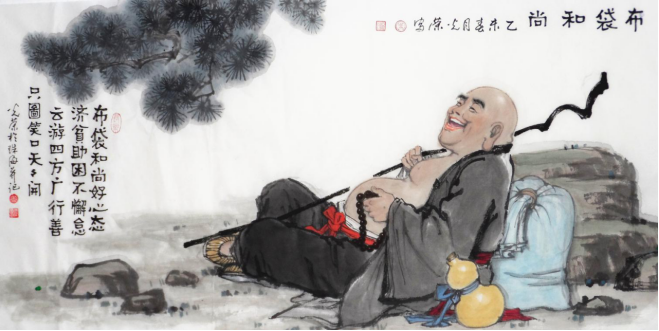
爱向竹栏骑竹马，懒于金地聚金沙。